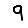
Digit: 9